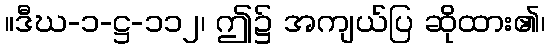
။ဒီဃ-၁-ဋ္ဌ-၁၁၂၊ ဤ၌ အကျယ်ပြ ဆိုထား၏၊